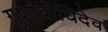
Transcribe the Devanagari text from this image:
गुणांबोधिदेव